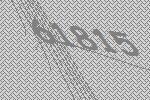
61815